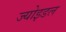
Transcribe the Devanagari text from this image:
ज्योइडल